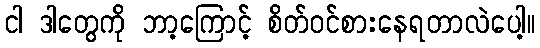
ငါ ဒါတွေကို ဘာ့ကြောင့် စိတ်ဝင်စားနေရတာလဲပေါ့။